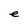
Character: e